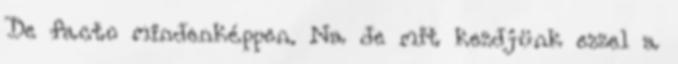
De facto mindenképpen. Na de mit kezdjünk ezzel a